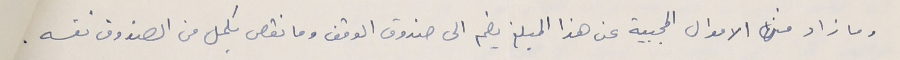
وما زاد من الاموال المجبية عن هذا المبلغ يضم الى صندوق الوقف وما نقص يكمل من الصندوق نفسه .